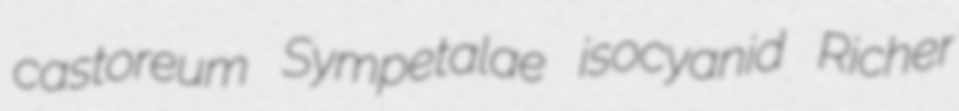
castoreum Sympetalae isocyanid Richer